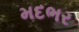
મદભર